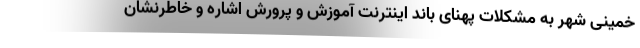
خمینی شهر به مشکلات پهنای باند اینترنت آموزش و پرورش اشاره و خاطرنشان